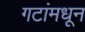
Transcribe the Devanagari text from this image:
गटांमधून